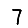
Digit: 7